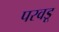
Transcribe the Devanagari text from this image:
परवडू